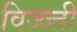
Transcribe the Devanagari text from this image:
विज्ज्ती